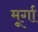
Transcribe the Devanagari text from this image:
मूर्गा